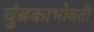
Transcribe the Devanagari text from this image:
चुंबकाभोवती